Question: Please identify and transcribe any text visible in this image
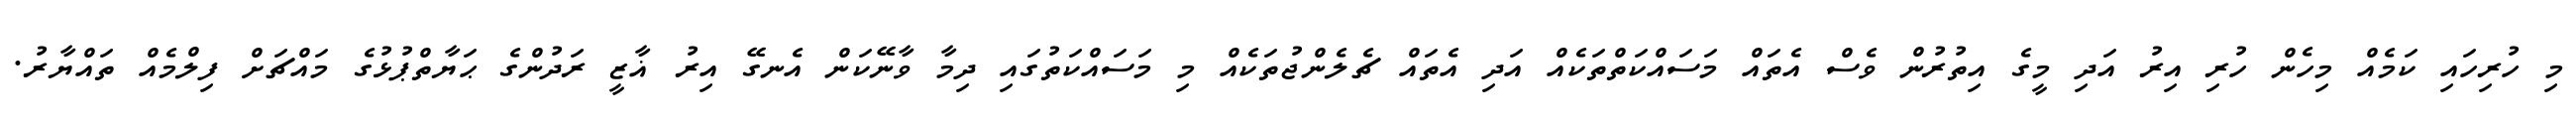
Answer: މި ހުރިހައި ކަމެއް މިހެން ހުރި އިރު އަދި މީގެ އިތުރުން ވެސް އެތައް މަސައްކަތްތަކެއް އަދި އެތައް ޗެލެންޖުތަކެއް މި މަސައްކަތުގައި ދިމާ ވާނޭކަން އެނގޭ އިރު ޣާޒީ ރަދުންގެ ޙަޔާތްޕުޅުގެ މައްޗަށް ފިލްމެއް ތައްޔާރު.